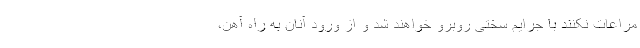
مراعات نکنند با جرایم سختی روبرو خواهند شد و از ورود آنان به راه آهن،